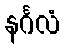
နင်္ဂလံ